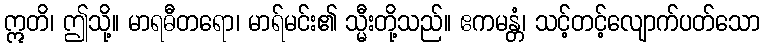
ဣတိ၊ ဤသို့။ မာရဓီတရော၊ မာရ်မင်း၏ သ္မီးတို့သည်။ ဧကမန္တံ၊ သင့်တင့်လျောက်ပတ်သော